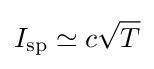
I_{\text{sp}}\simeq c{\sqrt {T}}